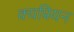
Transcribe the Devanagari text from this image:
क्यप्रियन